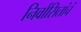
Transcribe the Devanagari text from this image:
निर्वासितांचं